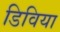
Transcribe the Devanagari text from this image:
डिविया